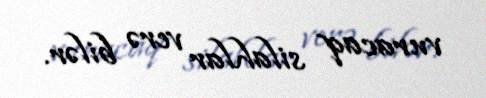
vuracaq silahlar verə bilər.